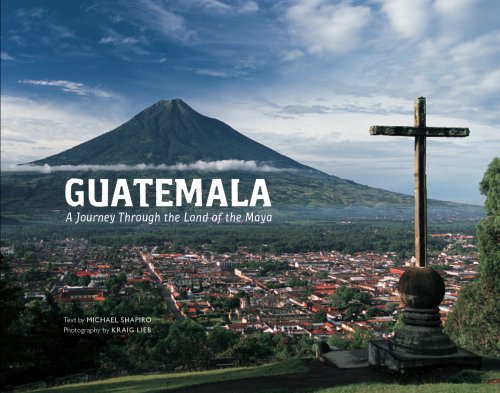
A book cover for Guatemala: A Journey Through the Land of the Maya; Kraig Lieb; Travel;